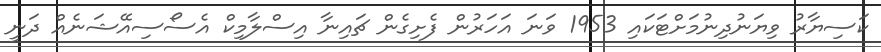
ކަސިޔާރު ވިޔަނުދިނުމަށްޓަކައި 1953 ވަނަ އަހަރުން ފެށިގެން ޗައިނާ އިސްލާމިކް އެސޯސިއޭޝަނެއް ދަނީ